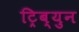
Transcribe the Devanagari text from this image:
ट्रिब्युन